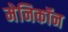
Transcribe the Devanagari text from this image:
मेनिकॉन